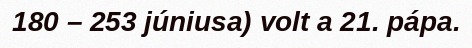
180 – 253 júniusa) volt a 21. pápa.